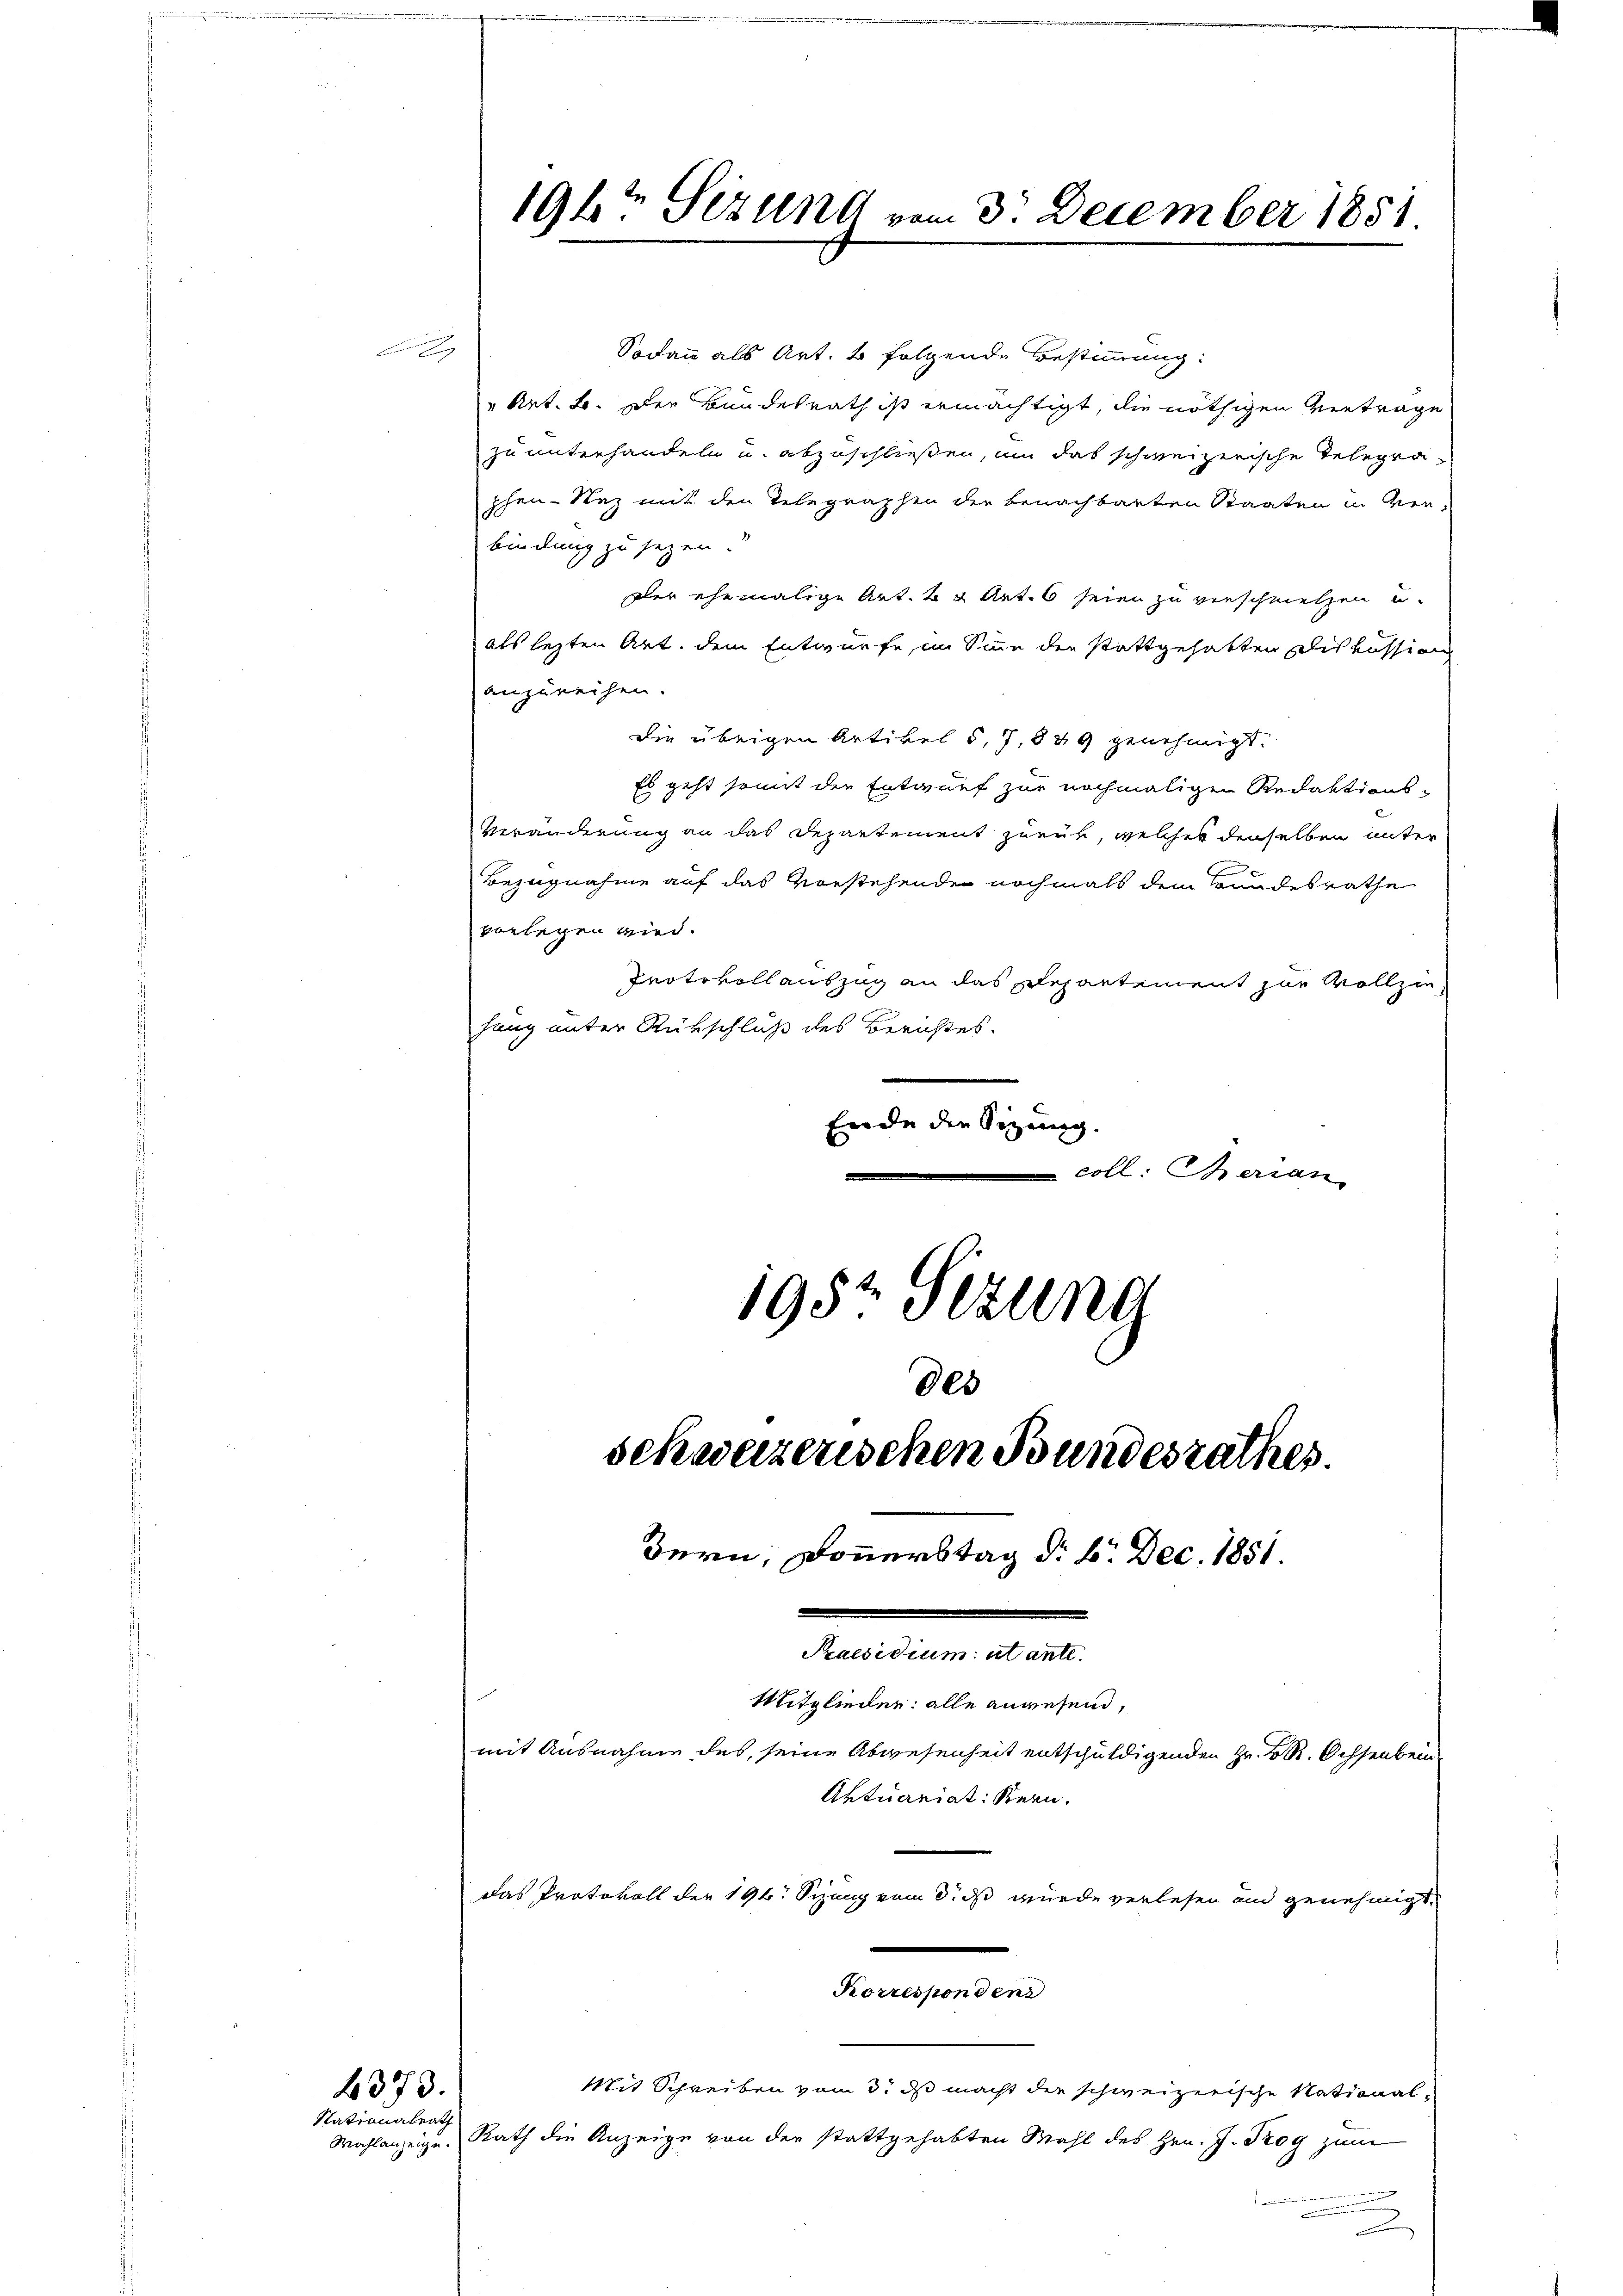
4373.
Nationalrath

Wahlanzeige.

1947 Sizung vom 3. December 1851

Sodann als Art. 4 folgende Bestimmung:
"Ret. B. Der Bundesrath ist ermächtigt, die nöthigen Vertrage
zu unterhandeln u. abzuschließen, um das schweizerische Telegraphen- Nez mit den Telegraphen die benachbarten Staaten in ver-
bindung zu sezen.
Der ehemalige Art. 2 2 Art. 6 seien zu verschnetzen u.
als lezten Art. dem Entwurfe, im Sinne der stattgehatten Diskussion
anzureihen.
Die übrigen Artikel 5, 7,849 genehmigt.
Es geht somit die Entwurf zur nochmaligen Redaktions¬
C
Veränderung an das Departement zueut, welches denselben unter
Bezugnahme auf das Vorstehende nochmals dem Bundesrathe
vorlegen wird.
Protokoll auszug an das schepartement zur Vollzie
hang unter Rückschluß des Berichtes.
Ende die Sizung.
coll: Therian
.
195t Sezung

Mit Schreiben vom 3. ds macht der schweizerische National¬
Rath die Anzeige von der stattgehabten Mahl des Hrn. J. Trog zum
.

des
schweizerischen Bundesrathes.
Bern, Donnerstag d. 6. Dec. 1851.
Praesidium ut ante.
Mitglieden: alle anwesend,
mit Ausnahme des, seine Abwesenheit entschuldigenden Hr. K. R. Ochsenbein
Aktuariat Kern.
Das Protokoll der 194. Sizung vom 3. ds wurde verlesen und genehmigt,

Korrespondenz